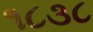
૧૮૩૮